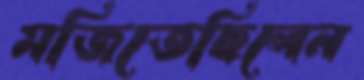
মজিতেছিলেন